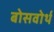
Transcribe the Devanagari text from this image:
बोसवोर्थ